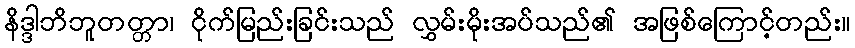
နိဒ္ဒါဘိဘူတတ္တာ၊ ငိုက်မြည်းခြင်းသည် လွှမ်းမိုးအပ်သည်၏ အဖြစ်ကြောင့်တည်း။